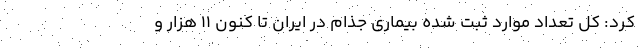
کرد: کل تعداد موارد ثبت شده بیماری جذام در ایران تا کنون ۱۱ هزار و